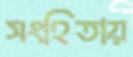
সংহিতায়